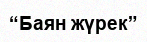
“Баян жүрек”